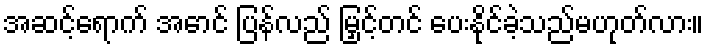
အဆင့်ရောက် အောင် ပြန်လည် မြှင့်တင် ပေးနိုင်ခဲ့သည်မဟုတ်လား။